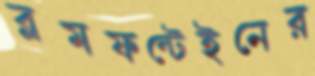
ব্লমফন্টেইনের